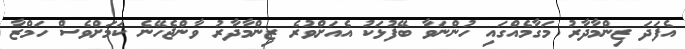
އެފަދަ ޒިންމާދާރު މަގާމެއްގައި ހުންނަވާ ބޭފުޅަކު އެއަށްވުރެ ޒިންމާދާރު ވާންޖެހޭނެ ކަމަށްވެސް ހަމްޒާ